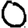
Digit: 0